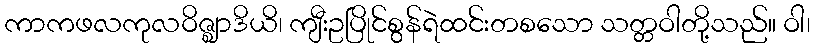
ကာကဖလကုလဝိဇ္ဈာဒိယိ၊ ကျီးဥပြိုင်စွန်ရဲထင်းတစသော သတ္တဝါတို့သည်။ ဝါ၊